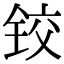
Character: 铰